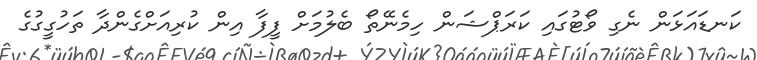
ކަނޑައަޅަން ނެގި ވޯޓުގައި ކަރަޕްޝަން ހިމެނޭތޯ ބެލުމަށް ފީފާ އިން ކުރިއަށްގެންދާ ތަހުގީގުގެ